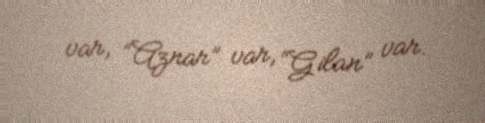
var, “Aznar” var, “Gilan” var.